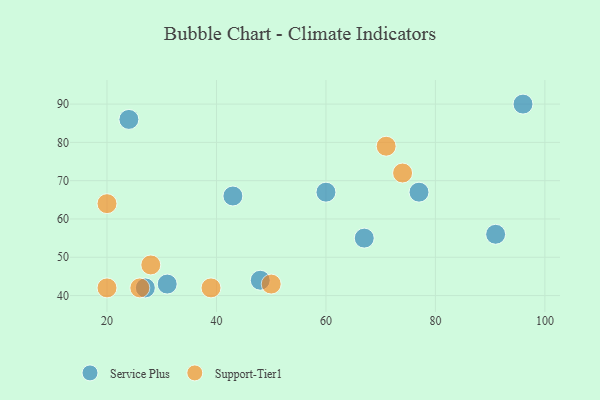
{"axis": {"x": "GDP", "y": "Life Expectancy"}, "legend": ["Service Plus", "Support-Tier1"], "data": [{"x": "60", "y": 67, "type": "Service Plus"}, {"x": "77", "y": 67, "type": "Service Plus"}, {"x": "67", "y": 55, "type": "Service Plus"}, {"x": "24", "y": 86, "type": "Service Plus"}, {"x": "31", "y": 43, "type": "Service Plus"}, {"x": "91", "y": 56, "type": "Service Plus"}, {"x": "96", "y": 90, "type": "Service Plus"}, {"x": "43", "y": 66, "type": "Service Plus"}, {"x": "48", "y": 44, "type": "Service Plus"}, {"x": "27", "y": 42, "type": "Service Plus"}, {"x": "20", "y": 42, "type": "Support-Tier1"}, {"x": "74", "y": 72, "type": "Support-Tier1"}, {"x": "50", "y": 43, "type": "Support-Tier1"}, {"x": "71", "y": 79, "type": "Support-Tier1"}, {"x": "20", "y": 64, "type": "Support-Tier1"}, {"x": "39", "y": 42, "type": "Support-Tier1"}, {"x": "28", "y": 48, "type": "Support-Tier1"}, {"x": "26", "y": 42, "type": "Support-Tier1"}]}